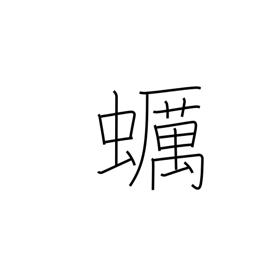
Meaning: oyster